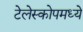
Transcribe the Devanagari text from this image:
टेलेस्कोपमध्ये